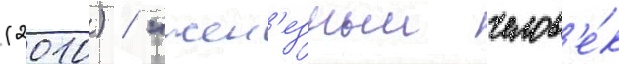
(2010) / "жел'езныи челов'е́к